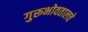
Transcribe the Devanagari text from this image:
गुरूभोवतालचे